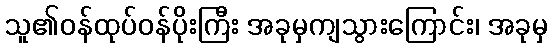
သူ၏ဝန်ထုပ်ဝန်ပိုးကြီး အခုမှကျသွားကြောင်း၊ အခုမှ